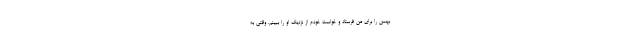
بهمن را برای من فرستاد و خواست خودم از نزدیک او را ببینم. وقتی به